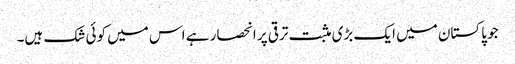
جو پاکستان میں ایک بڑی مثبت ترقی پر انحصار ہے اس میں کوئی شک ہیں۔